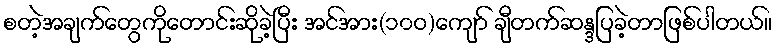
စတဲ့အချက်တွေကိုတောင်းဆိုခဲ့ပြီး အင်အား(၁၀ဝ)ကျော် ချီတက်ဆန္ဒပြခဲ့တာဖြစ်ပါတယ်။